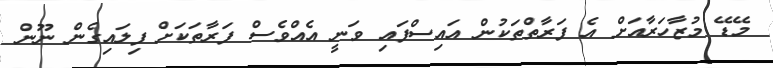
މޭޑޭ މުޒާހަރާއަށް އެ ފަރާތްތަކުން އައިސްފައި ވަނީ އެއްވެސް ފަރާތަކަށް ފިލައިގެން ނޫން